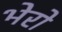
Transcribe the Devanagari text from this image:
भेरो